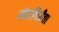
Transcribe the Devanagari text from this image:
मंदागिरीचा